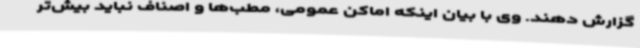
گزارش دهند. وی با بیان اینکه اماکن عمومی، مطب‌ها و اصناف نباید بیش‌تر